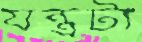
যন্ত্রটা